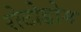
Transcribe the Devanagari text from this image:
रोटोडोम